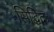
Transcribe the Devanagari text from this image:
सिद्धिदः